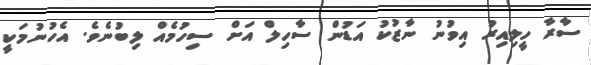
ސާރާ ހީލިއިރު އިވުނު ނާޒުކު އަޑުން ސާހިލް އަށް ސިހުމެއް ލިބުނެވެ. އެހުނުމަކީ